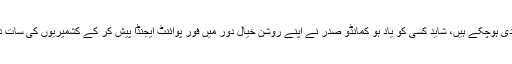
اب ہم اس دن کوایک رسم کی طرح نبھانے کے عادی ہوچکے ہیں، شاید کسی کو یاد ہو کمانڈو صدر نے اپنے روشن خیال دور میں فور پوائنٹ ایجنڈا پیش کر کے کشمیریوں کی سات دہائیوں پر پھیلی ہوئی جدو جہد کی نفی کر دی تھی۔